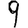
Digit: 9